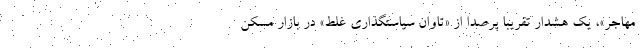
مهاجر»، یک هشدار تقریبا پرصدا از «تاوان سیاستگذاری غلط» در بازار مسکن